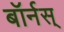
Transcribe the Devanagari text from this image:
बॉर्नस्